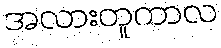
အလားတူကာလ